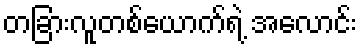
တခြားလူတစ်ယောက်ရဲ့ အလောင်း